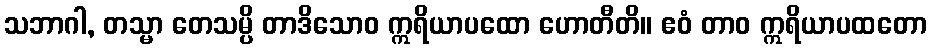
သဘာဂါ, တသ္မာ တေသမ္ပိ တာဒိသောဝ ဣရိယာပထော ဟောတီတိ။ ဧဝံ တာဝ ဣရိယာပထတော